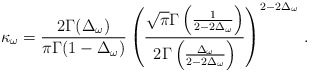
\begin{align*}\kappa _{\omega }=\frac{2\Gamma (\Delta _{\omega })}{\pi \Gamma(1-\Delta _{\omega })}\left( \frac{\sqrt{\pi }\Gamma \left( \frac{1}{2-2\Delta _{\omega}}\right)}{2 \Gamma \left( \frac{\Delta _{\omega }}{2-2\Delta _{\omega}}\right) }\right) ^{2-2\Delta _{\omega }}\, .\end{align*}